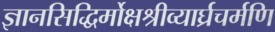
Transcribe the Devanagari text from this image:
ज्ञानसिद्धिर्मोक्षश्रीव्यार्घ्रचर्मणि